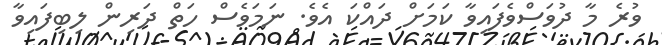
ވުރެ މާ ދުވަސްވެފައިވާ ކަމަށް ދައްކަ އެވެ. ނަމަވެސް ހަތް ދަރިން ލިބިފައިވާ